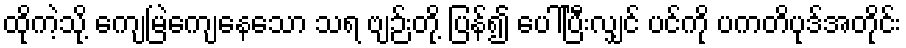
ထိုကဲ့သို့ ကျေမြဲကျေနေသော သရ ဗျဉ်းတို့ ပြန်၍ ပေါ်ပြီးလျှင် ပင်ကို ပကတိပုဒ်အတိုင်း